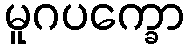
မူဂပက္ခော